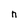
Character: n